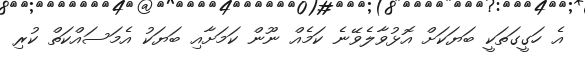
އެ ހަގީގަތަކީ ބަޔަކަށް އޮޅުވާލެވޭނެ ކަމެއް ނޫން ކަމަށާއި ބަޔަކު އެމަސައްކަތް ކުރި